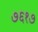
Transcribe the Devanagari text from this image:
७६१७